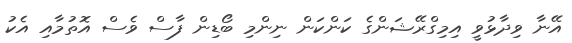
އޭނާ ވިދާޅުވީ އިމިގްރޭޝަންގެ ކަންކަން ނިންމި ބޯޑިން ފާސް ވެސް އޮތުމާއި އެކު